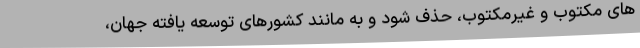
های مکتوب و غیرمکتوب، حذف شود و به مانند کشورهای توسعه یافته جهان،